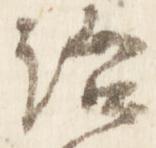
治